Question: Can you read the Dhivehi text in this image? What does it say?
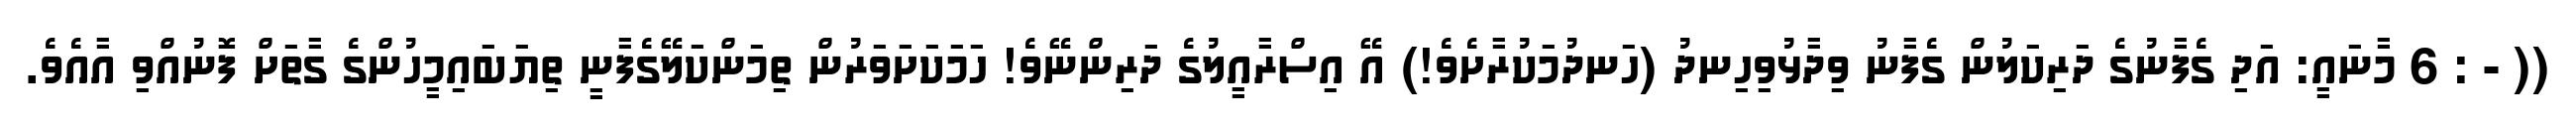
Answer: (( - : 6 މާނައީ: އަދި ގެފާނުގެ ދަރިކަލުން ގެފާނު ވިދާޅުވިހިނދު (ހަނދުމަކުރާށެވެ!) އޭ އިސްރާއީލުގެ ދަރިންނޭވެ! ހަމަކަށަވަރުން ތިމަންކަލޭގެފާނީ ތިޔަބައިމީހުންގެ ގާތަށް ފޮނުއްވި އާއެވެ.